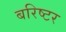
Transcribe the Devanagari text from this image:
बरिष्टर